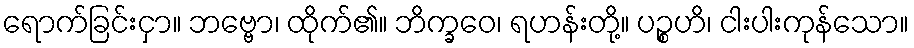
ရောက်ခြင်းငှာ။ ဘဗ္ဗော၊ ထိုက်၏။ ဘိက္ခဝေ၊ ရဟန်းတို့။ ပဉ္စဟိ၊ ငါးပါးကုန်သော။